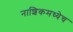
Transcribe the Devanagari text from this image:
नाशिकमध्येच